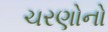
ચરણોનો